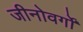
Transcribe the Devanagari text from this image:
जीनोवर्गों